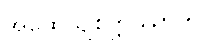
အထေယျစိတ္တဿာတိ